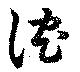
沈